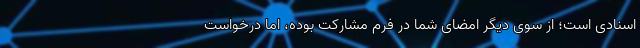
اسنادی است؛ از سوی دیگر امضای شما در فرم مشارکت بوده، اما درخواست